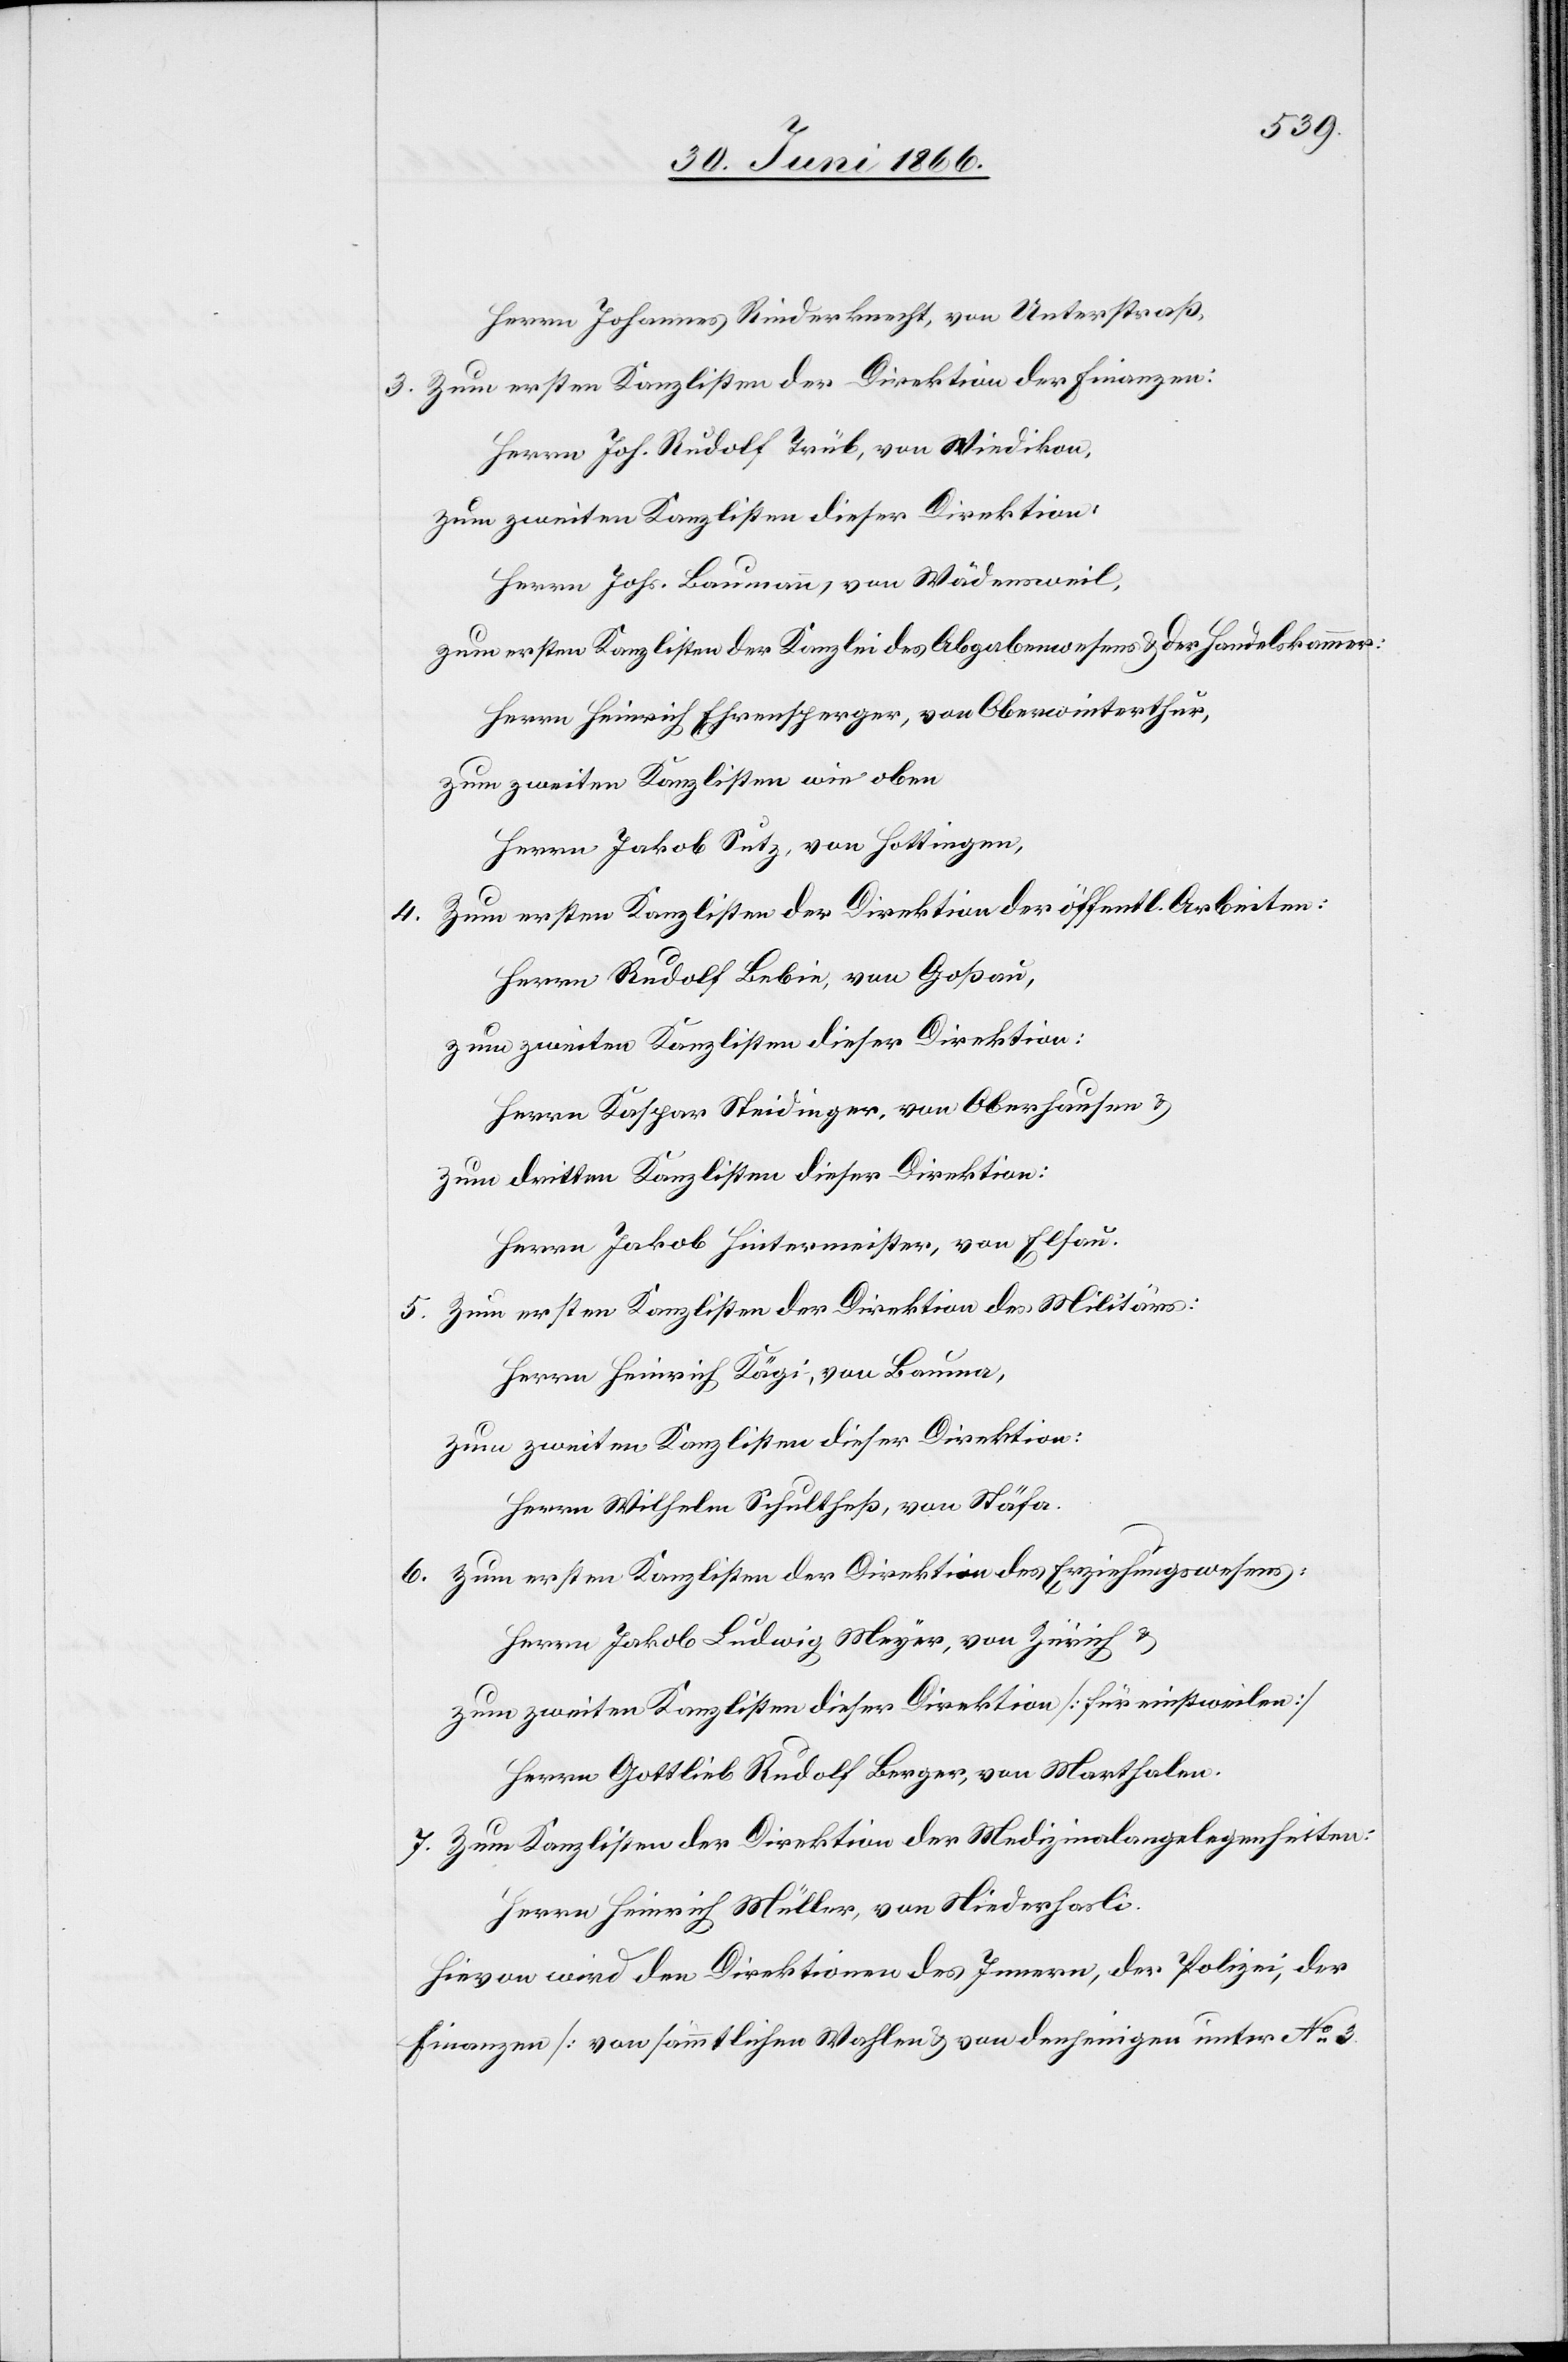
Herrn Johannes Rinderknecht, von Unterstraß,
3. Zum ersten Kanzlisten der Direktion der Finanzen:
Herrn Joh. Rudolf Trüb, von Wiedikon,
zum zweiten Kanzlisten dieser Direktion:
Herrn Johs. Baumann, von Wädensweil,
zum ersten Kanzlisten der Kanzlei des Abgabenwesens u. der Handelskammer:
Herrn Heinrich Ehrensperger, von Oberwinterthur,
zum zweiten Kanzlisten wie oben
Herrn Jakob Setz, von Hottingen,
4. Zum ersten Kanzlisten der Direktion der öffentl. Arbeiten:
Herrn Rudolf Bebin, von Goßau,
zum zweiten Kanzlisten dieser Direktion:
Herrn Kaspar Steidinger, von Oberhausen u.
zum dritten Kanzlisten dieser Direktion:
Herrn Jakob Hintermeister, von Elsau.
5. Zum ersten Kanzlisten der Direktion des Militärs:
Herrn Heinrich Kägi, von Bauma,
zum zweiten Kanzlisten dieser Direktion:
Herrn Wilhelm Schultheß, von Stäfa.
6. Zum ersten Kanzlisten der Direktion des Erziehungswesens:
Herrn Jakob Ludwig Meyer, von Zürich u.
zum zweiten Kanzlisten dieser Direktion [für einstweilen]
Herrn Gottlieb Rudolf Berger, von Marthalen.
7. Zum Kanzlisten der Direktion der Medizinalangelegenheiten:
Herrn Heinrich Müller, von Niederhasli.
Hievon wird den Direktionen des Innern, der Polizei, der
Finanzen [von sämmtlichen Wahlen u. von denjenigen unter No. 3